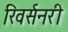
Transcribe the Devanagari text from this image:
रिवर्सनरी